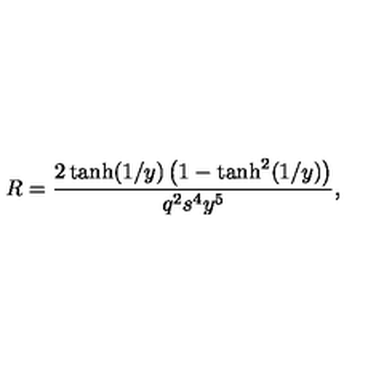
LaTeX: R = \frac { 2 \tanh ( 1 / y ) \left( 1 - \tanh ^ { 2 } ( 1 / y ) \right) } { q ^ { 2 } s ^ { 4 } y ^ { 5 } } ,